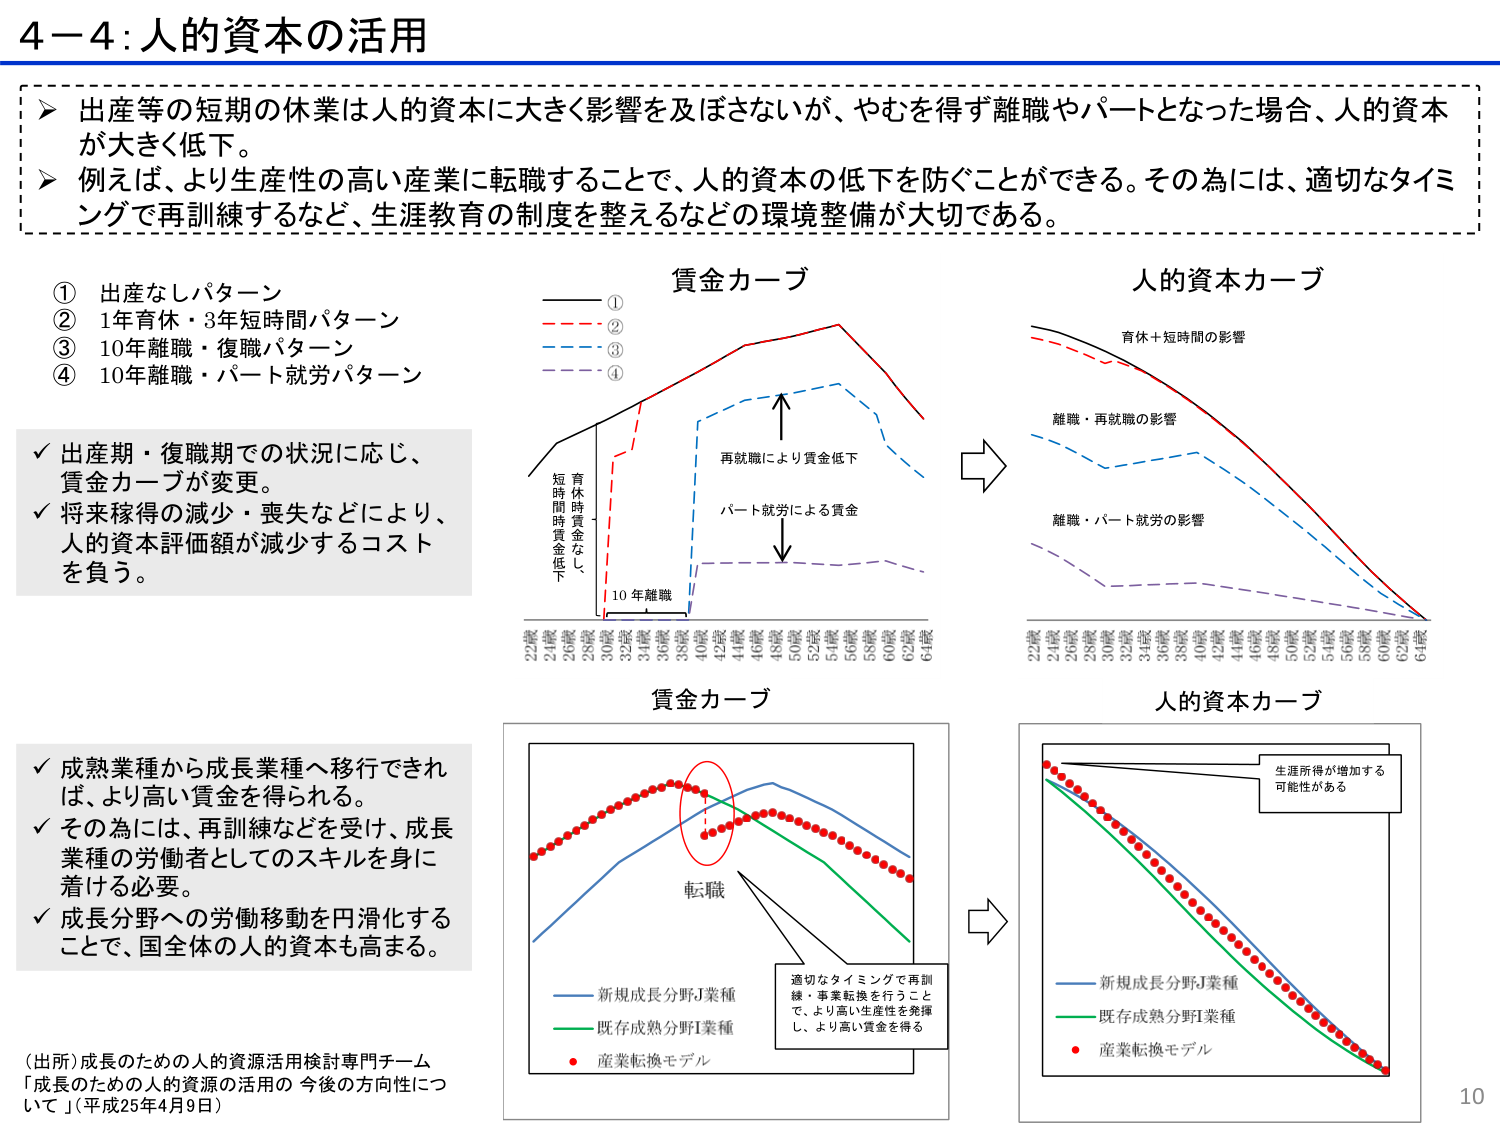
4－4：人的資本の活用

▶ 出産等の短期の休業は人的資本に大きく影響を及ぼさないが、やむを得ず離職やパートとなった場合、人的資本が大きく低下。

▶ 例えば、より生産性の高い産業に転職することで、人的資本の低下を防ぐことができる。その為には、適切なタイミングで再訓練するなど、生涯教育の制度を整えるなどの環境整備が大切である。

① 出産なしパターン
② 1年育休・3年短時間パターン
③ 10年離職・復職パターン
④ 10年離職・パート就労パターン

✓ 出産期・復職期での状況に応じ、賃金カーブが変更。
✓ 将来稼得の減少・喪失などにより、人的資本評価額が減少するコストを負う。

賃金カーブ
（凡例）
① ————
② ————
③ ————
④ ————

（グラフ軸）
22歳 24歳 26歳 28歳 30歳 32歳 34歳 36歳 38歳 40歳 42歳 44歳 46歳 48歳 50歳 52歳 54歳 56歳 58歳 60歳 62歳 64歳

短時間時賃金低下
10年離職
再就職により賃金低下
パート就労による賃金

人的資本カーブ
育休＋短時間の影響
離職・再就職の影響
離職・パート就労の影響

✓ 成熟業種から成長業種へ移行できれば、より高い賃金を得られる。
✓ その為には、再訓練などを受けて、成長業種の労働者としてのスキルを身に着ける必要。
✓ 成長分野への労働移動を円滑化することで、国全体の人的資本も高まる。

賃金カーブ
（凡例）
——— 新規成長分野J業種
——— 既存成熟分野I業種
••• 産業転換モデル

転職
適切なタイミングで再訓練・事業転換を行うことで、より高い生産性を発揮し、より高い賃金を得る

人的資本カーブ
（凡例）
——— 新規成長分野J業種
——— 既存成熟分野I業種
••• 産業転換モデル

生涯所得が増加する可能性がある

（出所）成長のための人的資源活用検討専門チーム
「成長のための人的資源の活用の 今後の方針性について」（平成25年4月9日）

10